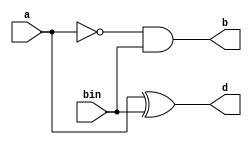
`timescale 1ns / 1ps
//////////////////////////////////////////////////////////////////////////////////
// Company: 
// Engineer: 
// 
// Design Name: 
// Module Name:    hs_12 
// Project Name: 
// Target Devices: 
// Tool versions: 
// Description: 
//
// Dependencies: 
//
// Revision: 
// Revision 0.01 - File Created
// Additional Comments: 
//
//////////////////////////////////////////////////////////////////////////////////
module hs_12(
    input a,
    input bin,
    output d,
    output b
    );
assign d=a^bin;
assign b=(~a)&bin;

endmodule